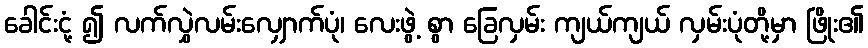
ခေါင်းငုံ့ ၍ လက်လွှဲလမ်းလျှောက်ပုံ၊ လေးဖွဲ့ စွာ ခြေလှမ်း ကျယ်ကျယ် လှမ်းပုံတို့မှာ ဖြိုး၏